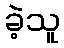
ခဲ့သူ